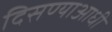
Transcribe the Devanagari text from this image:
दिसण्याआधी